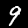
Digit: 9